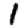
Digit: 1